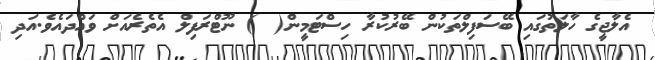
އެލާޖީގެ ހާލަތުގައި ބޭސަފިލްތަކުން ބޭރުކުރާ ހިސްޓަމީން(  ) ނޫޓްރަފިލް އެތެރެއަށް ވައްދައެވެ.އަދި